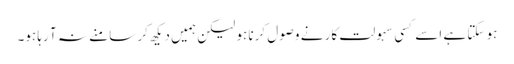
ہو سکتا ہے اسے کسی سہولت کار نے وصول کرنا ہو لیکن ہمیں دیکھ کر سامنے نہ آ رہا ہو۔